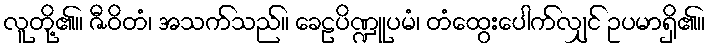
လူတို့၏။ ဇီဝိတံ၊ အသက်သည်။ ခေဠပိဏ္ဍူပမံ၊ တံထွေးပေါက်လျှင် ဥပမာရှိ၏။